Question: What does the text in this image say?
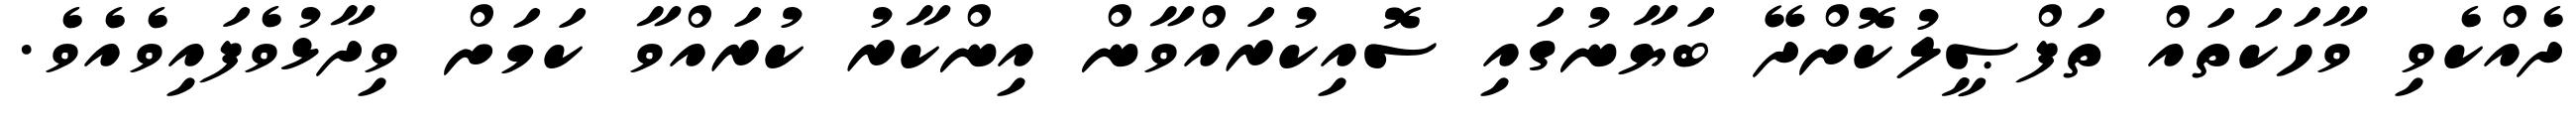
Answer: ދެއްކެވި ވާހަކަތައް ތަފްޞީލުކޮށްދޭ ބަޔާނުގައި ސޮއިކުރައްވާން އިންކާރު ކުރައްވާ ކަމަށް ވިދާޅުވެފައިވެއެވެ.